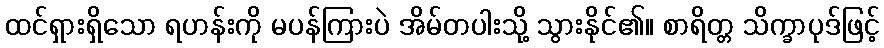
ထင်ရှားရှိသော ရဟန်းကို မပန်ကြားပဲ အိမ်တပါးသို့ သွားနိုင်၏။ စာရိတ္တ သိက္ခာပုဒ်ဖြင့်